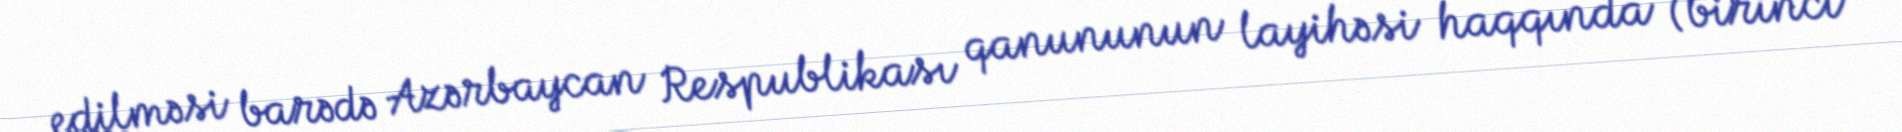
edilməsi barədə Azərbaycan Respublikası qanununun layihəsi haqqında (birinci